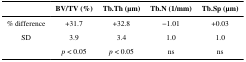
<table><thead><tr><td></td><td><b>BV/TV (%)</b></td><td><b>Tb.Th (μm)</b></td><td><b>Tb.N (1/mm)</b></td><td><b>Tb.Sp (μm)</b></td></tr></thead><tbody><tr><td>% difference</td><td>+31.7</td><td>+32.8</td><td>−1.01</td><td>+0.03</td></tr><tr><td>SD</td><td>3.9</td><td>3.4</td><td>1.0</td><td>1.0</td></tr><tr><td></td><td><i>p</i> &lt; 0.05</td><td><i>p</i> &lt; 0.05</td><td>ns</td><td>ns</td></tr></tbody></table>